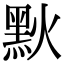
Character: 𪐩